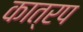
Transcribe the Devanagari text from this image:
कात्रप